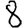
Digit: 8